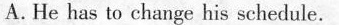
A.He has to change his schedule.